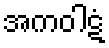
အကဝါဋံ